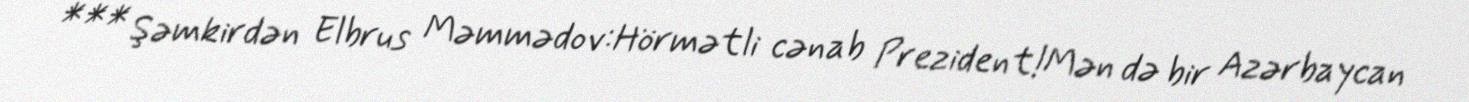
*** Şəmkirdən Elbrus Məmmədov:Hörmətli cənab Prezident!Mən də bir Azərbaycan